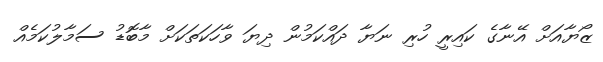
ޒޯޔާއަށް އޭނާގެ ކައިރީ ހުރި ނަޔާ ދައްކަމުން ދިޔަ ވާހަކަތަކަށް މާބޮޑު ސަމާލުކަމެއް